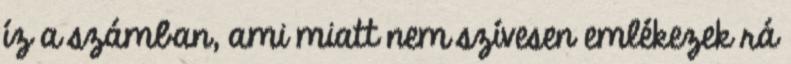
íz a számban, ami miatt nem szívesen emlékezek rá